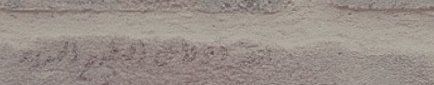
بيع أدوات المطبخ الحديثة